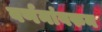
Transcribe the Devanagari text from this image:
वर्णनांवरुन